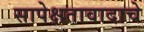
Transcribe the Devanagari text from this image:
सापेक्षतावादाचे